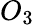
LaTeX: O_{3}